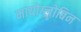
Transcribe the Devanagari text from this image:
मायोग्लोबिन